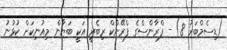
(ޑިސެމްބަރު 8) - ފްރާންސްގެ ފްރޭންކް ރިބެރީ އަކީ ބަޔާން މިއުނިކަށް ކުޅުނު